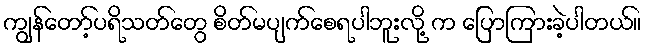
ကျွန်တော့်ပရိသတ်တွေ စိတ်မပျက်စေရပါဘူးလို့ က ပြောကြားခဲ့ပါတယ်။